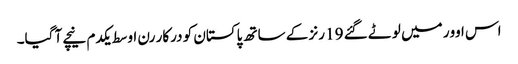
اس اوور میں لوٹے گئے 19 رنز کے ساتھ پاکستان کو درکار رن اوسط یکدم نیچے آ گیا۔